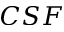
C S F